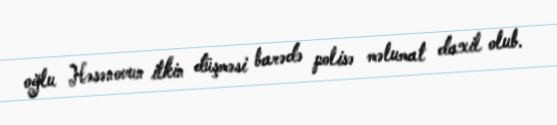
oğlu Həsənovun itkin düşməsi barədə polisə məlumat daxil olub.